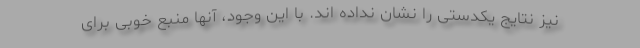
نیز نتایج یکدستی را نشان نداده اند. با این وجود، آنها منبع خوبی برای